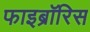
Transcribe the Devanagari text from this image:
फाइब्रॉरिस